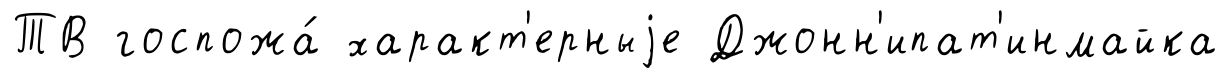
ТВ госпожа́ характ'ерныjе Джонн'ипат'инмайка